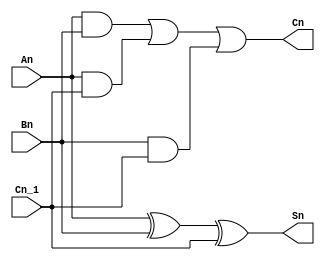
module f_adder(An, Bn, Cn_1, Sn, Cn);
	input An, Bn, Cn_1;
	output Sn, Cn;
	wire X0, X1, X2, X3;
	
	xor(X0, An, Bn);
	xor(Sn, X0, Cn_1);
	and(X1, An, Bn);
	and(X2, An, Cn_1);
	and(X3, Bn, Cn_1);
	or(Cn, X1, X2, X3);
endmodule